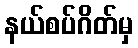
နယ်စပ်ဂိတ်မှ